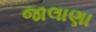
જાલાણા